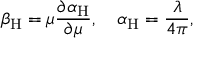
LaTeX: \beta _ { \mathrm { H } } = \mu { \frac { \partial \alpha _ { \mathrm { H } } } { \partial \mu } } , \quad \alpha _ { \mathrm { H } } = { \frac { \lambda } { 4 \pi } } ,